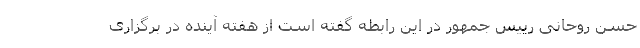
حسن روحانى رييس جمهور در اين رابطه گفته است از هفته آينده در برگزارى